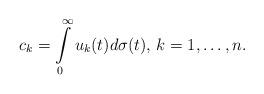
LaTeX: \begin{align*}c_k = \int\limits_0^\infty u_k(t)d\sigma(t),\,k=1,\dots,n.\end{align*}